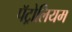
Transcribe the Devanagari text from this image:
पॅट्रोलियम